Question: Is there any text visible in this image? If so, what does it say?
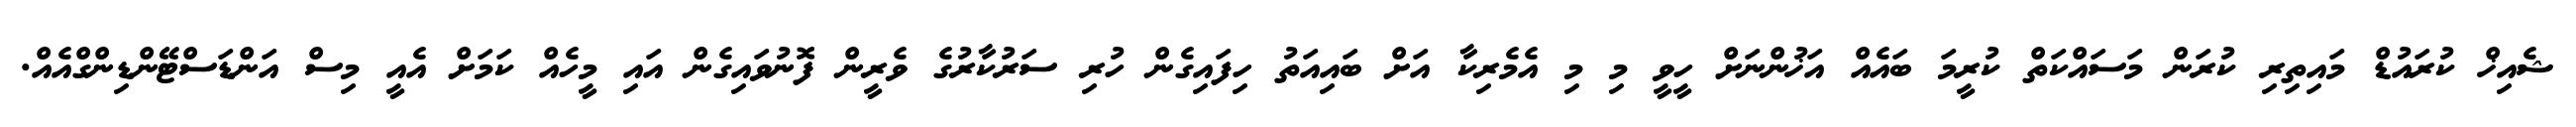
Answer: ޝެއިޚް ކުރައުޑް މައިތިރި ކުރަން މަސައްކަތް ކުރީމަ ބައެއް އަޚުންނަށް ހީވީ މި މި އެމެރިކާ އަށް ބައިއަތު ހިފައިގެން ހުރި ސަރުކާރުގެ ވެރީން ފޮނުވައިގެން އައި މީހެއް ކަމަށް އެއީ މިސް އަންޑަސްޓޭންޑިންގްއެއް.